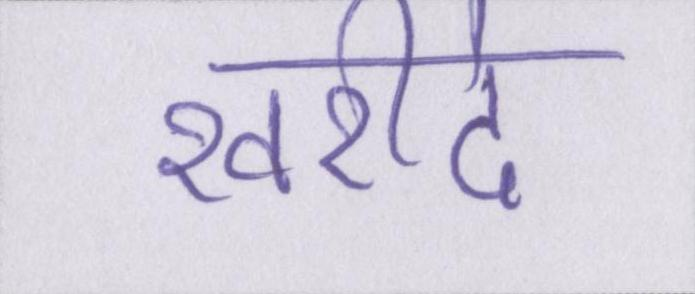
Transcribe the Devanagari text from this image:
खरीदे